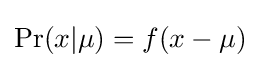
\mathrm {Pr} (x|\mu )=f(x-\mu )